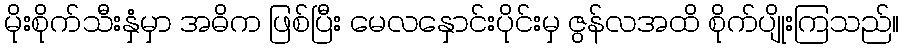
မိုးစိုက်သီးနှံမှာ အဓိက ဖြစ်ပြီး မေလနှောင်းပိုင်းမှ ဇွန်လအထိ စိုက်ပျိုးကြသည်။